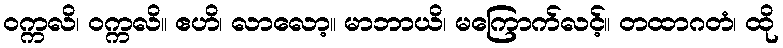
ဝက္ကလိ၊ ဝက္ကလိ။ ဧဟိ၊ လာလော့။ မာဘာယိ၊ မကြောက်လင့်။ တထာဂတံ၊ ထို